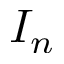
I _ { n }